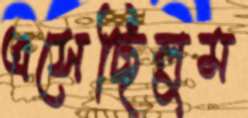
এসেছিলুম